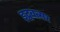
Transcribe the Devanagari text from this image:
इद्ववत्सर